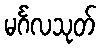
မင်္ဂလသုတ်